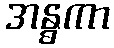
အန္ဓကာ